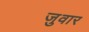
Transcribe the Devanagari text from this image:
जुवार